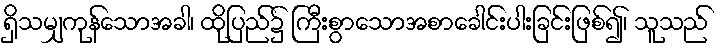
ရှိသမျှကုန်သောအခါ၊ ထိုပြည်၌ ကြီးစွာသောအစာခေါင်းပါးခြင်းဖြစ်၍၊ သူသည်